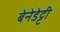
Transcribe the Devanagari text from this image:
बेनेडेट्टी